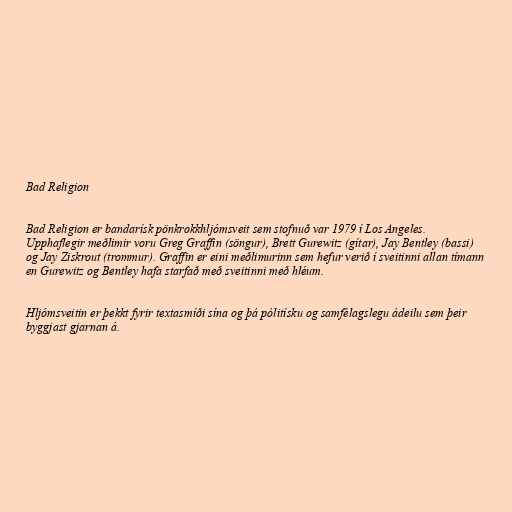
Bad Religion

Bad Religion er bandarísk pönkrokkhljómsveit sem stofnuð var 1979 í Los Angeles.
Upphaflegir meðlimir voru Greg Graffin (söngur), Brett Gurewitz (gítar), Jay Bentley (bassi)
og Jay Ziskrout (trommur). Graffin er eini meðlimurinn sem hefur verið í sveitinni allan tímann
en Gurewitz og Bentley hafa starfað með sveitinni með hléum.

Hljómsveitin er þekkt fyrir textasmíði sína og þá pólitísku og samfélagslegu ádeilu sem þeir
byggjast gjarnan á.